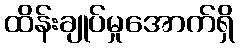
ထိန်းချုပ်မှုအောက်ရှိ